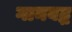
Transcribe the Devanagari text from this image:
गानबद्ध